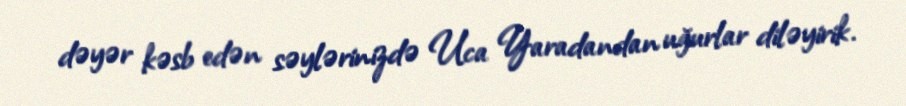
dəyər kəsb edən səylərinizdə Uca Yaradandan uğurlar diləyirik.